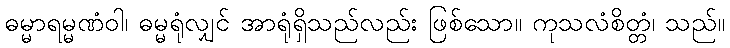
ဓမ္မာရမ္မဏံဝါ၊ ဓမ္မရုံလျှင် အာရုံရှိသည်လည်း ဖြစ်သော။ ကုသလံစိတ္တံ၊ သည်။